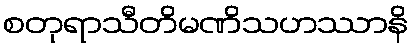
စတုရာသီတိမဏိသဟဿာနိ